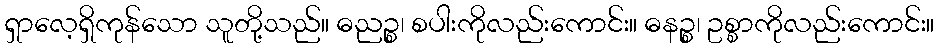
ရှာလေ့ရှိကုန်သော သူတို့သည်။ ဓညဉ္စ၊ စပါးကိုလည်းကောင်း။ ဓနဉ္စ၊ ဥစ္စာကိုလည်းကောင်း။